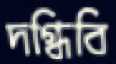
দগ্ধিবি